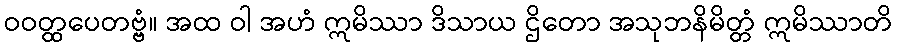
ဝဝတ္ထပေတဗ္ဗံ။ အထ ဝါ အဟံ ဣမိဿာ ဒိသာယ ဌိတော အသုဘနိမိတ္တံ ဣမိဿာတိ